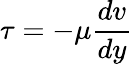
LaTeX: \tau=-\mu{\frac{dv}{dy}}